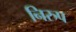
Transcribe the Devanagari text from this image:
निरुप